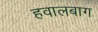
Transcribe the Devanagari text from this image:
हवालबाग